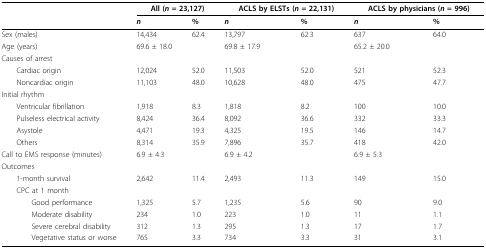
|  | <COLSPAN=2> All (n = 23,127) | <COLSPAN=2> ACLS by ELSTs (n = 22,131) | <COLSPAN=2> ACLS by physicians (n = 996) |
 |  | n | % | n | % | n | % |
 | --- | --- | --- | --- | --- | --- | --- |
 | Sex (males) | 14,434 | 62.4 | 13,797 | 62.3 | 637 | 64.0 |
 | Age (years) | 69.6 ± 18.0 |  | 69.8 ± 17.9 |  | 65.2 ± 20.0 |  |
 | Causes of arrest |  |  |  |  |  |  |
 | Cardiac origin | 12,024 | 52.0 | 11,503 | 52.0 | 521 | 52.3 |
 | Noncardiac origin | 11,103 | 48.0 | 10,628 | 48.0 | 475 | 47.7 |
 | Initial rhythm |  |  |  |  |  |  |
 | Ventricular fibrillation | 1,918 | 8.3 | 1,818 | 8.2 | 100 | 10.0 |
 | Pulseless electrical activity | 8,424 | 36.4 | 8,092 | 36.6 | 332 | 33.3 |
 | Asystole | 4,471 | 19.3 | 4,325 | 19.5 | 146 | 14.7 |
 | Others | 8,314 | 35.9 | 7,896 | 35.7 | 418 | 42.0 |
 | Call to EMS response (minutes) | 6.9 ± 4.3 |  | 6.9 ± 4.2 |  | 6.9 ± 5.3 |  |
 | Outcomes |  |  |  |  |  |  |
 | 1-month survival | 2,642 | 11.4 | 2,493 | 11.3 | 149 | 15.0 |
 | CPC at 1 month |  |  |  |  |  |  |
 | Good performance | 1,325 | 5.7 | 1,235 | 5.6 | 90 | 9.0 |
 | Moderate disability | 234 | 1.0 | 223 | 1.0 | 11 | 1.1 |
 | Severe cerebral disability | 312 | 1.3 | 295 | 1.3 | 17 | 1.7 |
 | Vegetative status or worse | 765 | 3.3 | 734 | 3.3 | 31 | 3.1 |